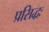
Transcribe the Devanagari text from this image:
प्रसिद्धः